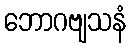
ဘောဂဗျသနံ